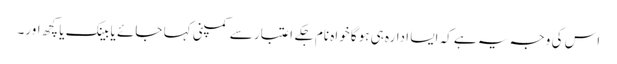
اس کی وجہ یہ ہے کہ ایسا ادارہ ہی ہوگا خواہ نام جکے اعتبار سے کمپنی کہا جائے یا بینک یا کچھ اور۔